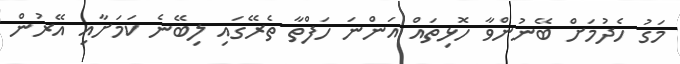
މަގު ހެދުމަށް ބޭނުންވާ ހޮޅިތައް އަންނަ ހަފްތާ ތެރޭގައި ލިބޭނެ ކަމަށާއި އޭރުން